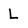
Character: L